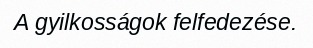
A gyilkosságok felfedezése.